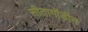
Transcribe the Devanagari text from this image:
सीतागोंडीन